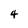
Character: 4